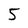
Character: 5